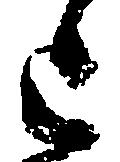
上